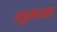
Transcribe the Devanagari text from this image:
नूमना